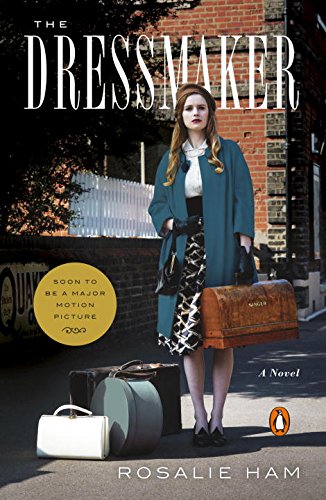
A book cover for The Dressmaker: A Novel; Rosalie Ham; Literature & Fiction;